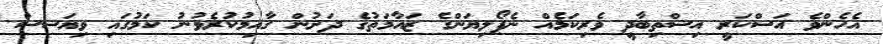
އެހެންވެ އަސްކަރީ އިސްތިބާދީ ވެރިކަމެއް ނެޕޯލިޔަންގެ ޒައާމަތުގެ ދަށުން ގާއިމުކުރެވުނު ކަމުގައި ވިޔަސސް